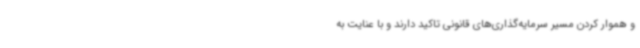
و هموار کردن مسیر سرمایه‌گذاری‌های قانونی تاکید دارند و با عنایت به